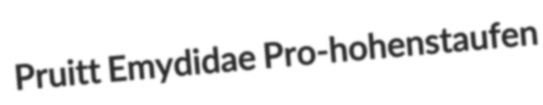
Pruitt Emydidae Pro-hohenstaufen